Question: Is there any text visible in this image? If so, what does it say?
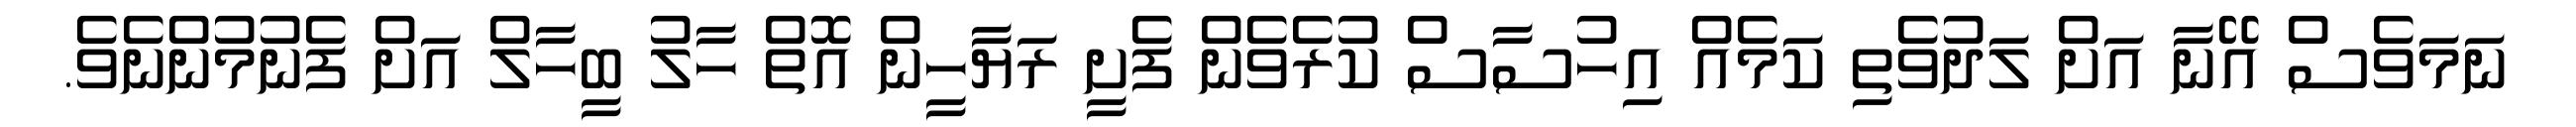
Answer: ނަމަވެސް އޭނާ އަށް ލަދުވެތި ކަމެއް އިހުސާސް ކުރެވެން ފެށީ ރަޔާހީން އޮތް ހާލު ބީހާލް އަށް ފެނުމުންނެވެ.